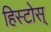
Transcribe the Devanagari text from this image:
हिस्टोस्‌